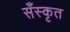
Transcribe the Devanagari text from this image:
सँस्कृत